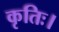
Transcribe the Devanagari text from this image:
कृतिः।